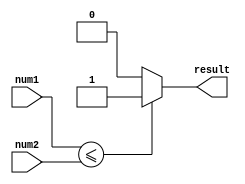
module less_than_equal_to(
    input [7:0] num1,
    input [7:0] num2,
    output reg result
);

always @(*) begin
    if(num1 <= num2) begin
        result <= 1;
    end else begin
        result <= 0;
    end
end

endmodule